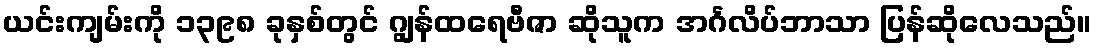
ယင်းကျမ်းကို ၁၃၉၈ ခုနှစ်တွင် ဂျွန်ထရေဗီဇာ ဆိုသူက အင်္ဂလိပ်ဘာသာ ပြန်ဆိုလေသည်။